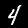
Digit: 4